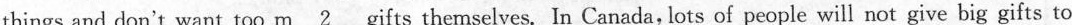
things and don't want too \underline{m2} gifts themselves. In Canada, lots of people will not give big gifts to